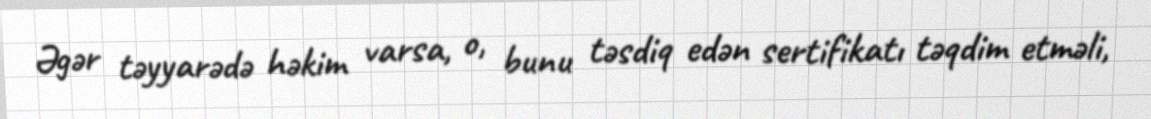
Əgər təyyarədə həkim varsa, o, bunu təsdiq edən sertifikatı təqdim etməli,